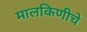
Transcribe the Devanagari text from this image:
मालकिणीचे